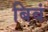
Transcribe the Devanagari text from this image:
बिबं